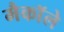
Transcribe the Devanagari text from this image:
मैकाॅले